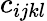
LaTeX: c_{ijkl}